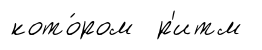
кото́ром р'итм